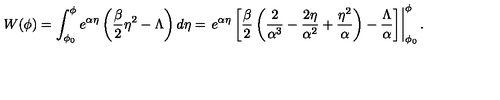
W ( \phi ) = \int _ { \phi _ { 0 } } ^ { \phi } e ^ { \alpha \eta } \left( \frac { \beta } { 2 } \eta ^ { 2 } - \Lambda \right) d \eta = \left. e ^ { \alpha \eta } \left[ \frac { \beta } { 2 } \left( \frac { 2 } { \alpha ^ { 3 } } - \frac { 2 \eta } { \alpha ^ { 2 } } + \frac { \eta ^ { 2 } } { \alpha } \right) - \frac { \Lambda } { \alpha } \right] \right| _ { \phi _ { 0 } } ^ { \phi } .